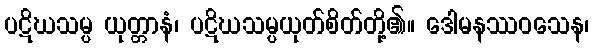
ပဋိဃသမ္ပ ယုတ္တာနံ၊ ပဋိဃသမ္ပယုတ်စိတ်တို့၏။ ဒေါမနဿဝသေန၊